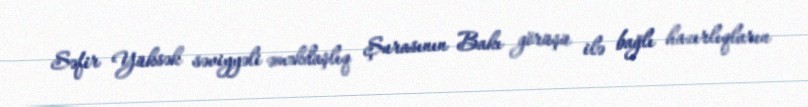
Səfir Yüksək səviyyəli əməkdaşlıq Şurasının Bakı görüşü ilə bağlı hazırlıqların